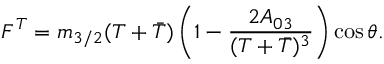
F ^ { T } = m _ { 3 / 2 } ( T + \bar { T } ) \left( 1 - { \frac { 2 A _ { 0 3 } } { ( T + \bar { T } ) ^ { 3 } } } \right) \cos \theta .